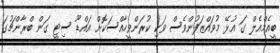
ބީއެމްއެލް ގަ އުޅޭ މުވައްޒަފުންވެސް ވަކި ކުރަންވީހާއްސަކޮށް އައްޑޫ ސިޓީ ގަން ބްރާންޗުގަ